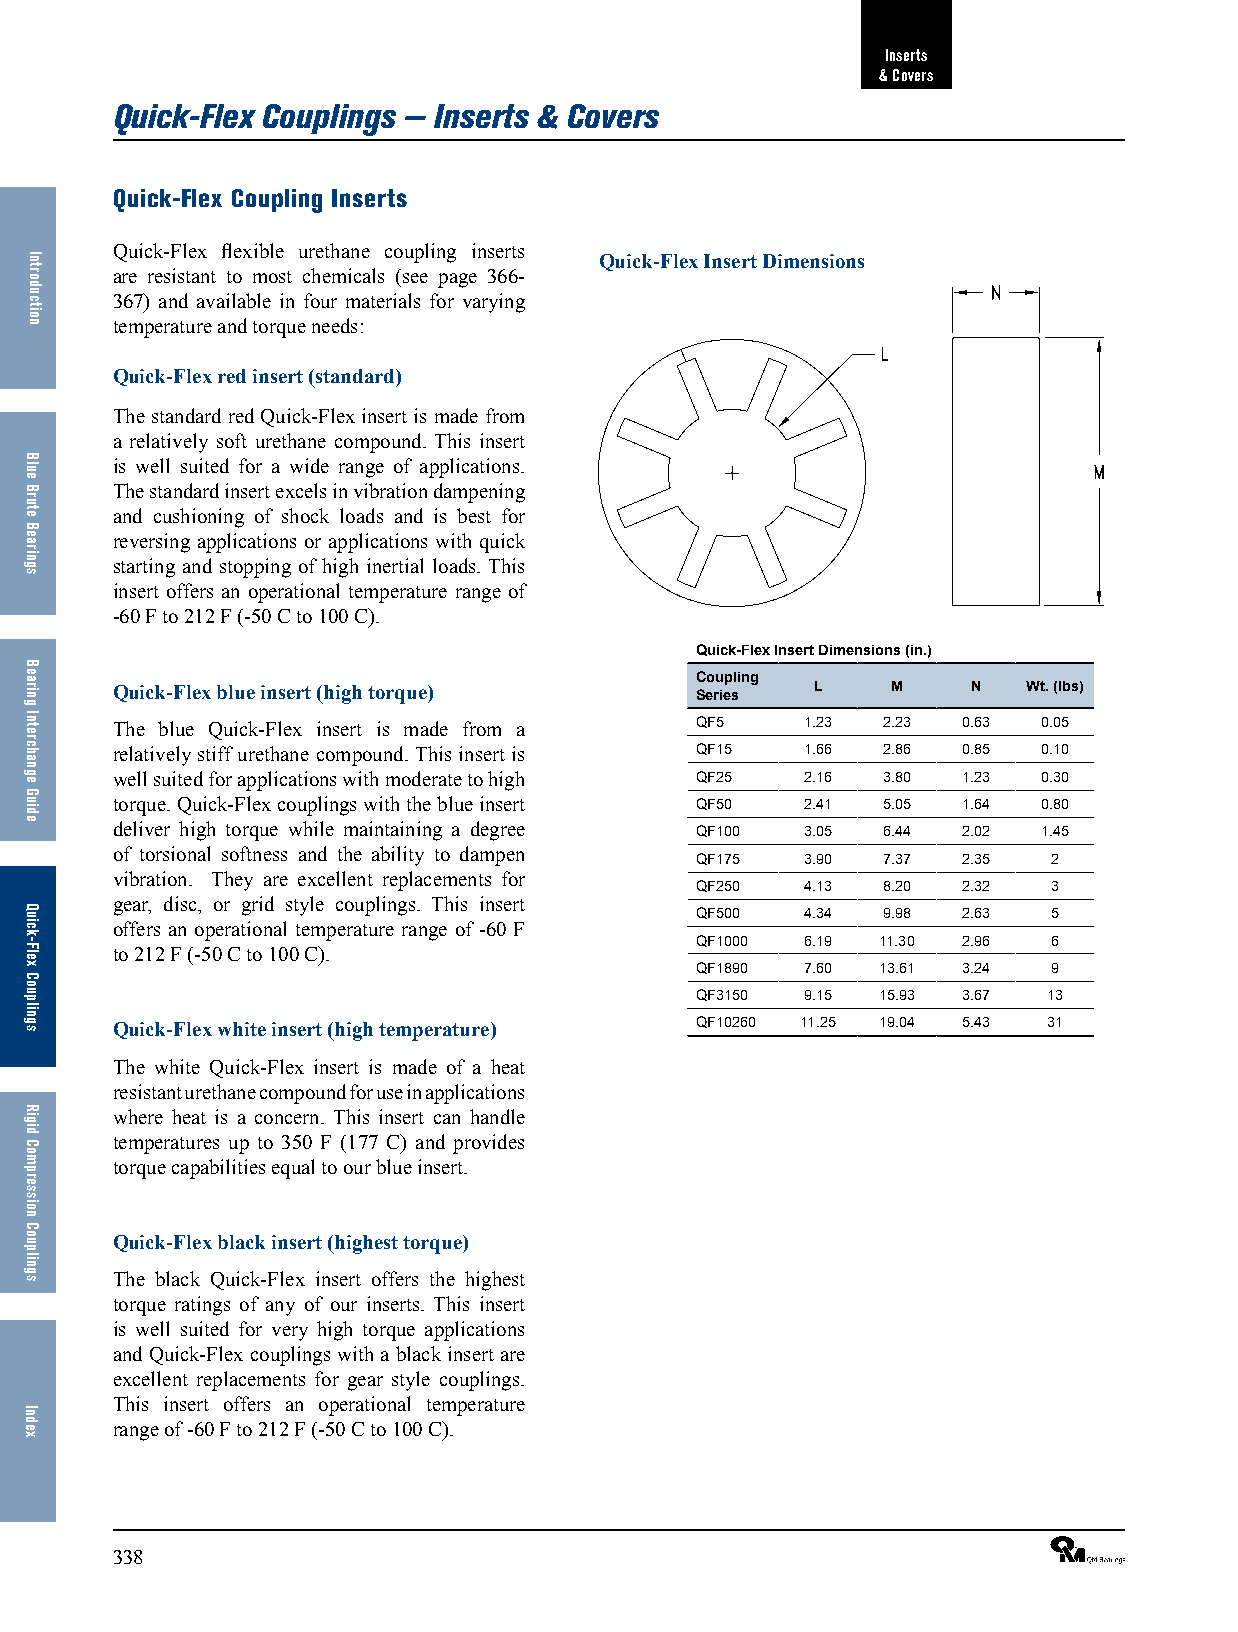
Inserts
 & Covers
 Quick-Flex Couplings — Inserts & Covers
 Quick-Flex Coupling Inserts
 Quick-Flex flexible urethane coupling inserts
 Quick-Flex Insert Dimensions
 are resistant to most chemicals (see page 366-
 367) and available in four materials for varying
 temperature and torque needs:
 Quick-Flex red insert (standard)
 The standard red Quick-Flex insert is made from
 a relatively soft urethane compound. This insert
 is well suited for a wide range of applications.
 The standard insert excels in vibration dampening
 and cushioning of shock loads and is best for
 reversing applications or applications with quick
 starting and stopping of high inertial loads. This
 insert offers an operational temperature range of
 -60 F to 212 F (-50 C to 100 C).
 Quick-Flex Insert Dimensions (in.)
 Coupling
 Quick-Flex blue insert (high torque)           L    M    N   Wt. (lbs)
 Series
 The blue Quick-Flex insert is made from a QF5 1.23 2.23  0.63 0.05
 relatively stiff urethane compound. This insert is QF15 1.66 2.86 0.85 0.10
 well suited for applications with moderate to high QF25 2.16 3.80 1.23 0.30
 torque. Quick-Flex couplings with the blue insert QF50 2.41 5.05 1.64 0.80
 deliver high torque while maintaining a degree QF100 3.05 6.44 2.02 1.45
 of torsional softness and the ability to dampen
 QF175  3.90 7.37  2.35  2
 vibration. They are excellent replacements for
 QF250  4.13 8.20  2.32  3
 gear, disc, or grid style couplings. This insert QF500 4.34 9.98 2.63 5
 offers an operational temperature range of -60 F
 QF1000 6.19 11.30 2.96  6
 to 212 F (-50 C to 100 C).
 QF1890 7.60 13.61 3.24  9
 QF3150 9.15 15.93 3.67 13
 Quick-Flex white insert (high temperature) QF10260 11.25 19.04 5.43 31
 The white Quick-Flex insert is made of a heat
 resistant urethane compound for use in applications
 where heat is a concern. This insert can handle
 temperatures up to 350 F (177 C) and provides
 torque capabilities equal to our blue insert.
 Quick-Flex black insert (highest torque)
 The black Quick-Flex insert offers the highest
 torque ratings of any of our inserts. This insert
 is well suited for very high torque applications
 and Quick-Flex couplings with a black insert are
 excellent replacements for gear style couplings.
 This insert offers an operational temperature
 range of -60 F to 212 F (-50 C to 100 C).
 338                                                             ®
 Introduction
 Blue
 Brute
 Bearings
 Bearing
 Interchange
 Guide
 Quick-Flex
 Couplings
 Rigid
 Compression
 Couplings
 Index